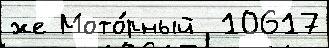
же Мото́рный  10617